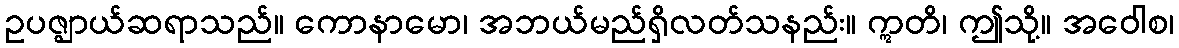
ဥပဇ္ဈာယ်ဆရာသည်။ ကောနာမော၊ အဘယ်မည်ရှိလတ်သနည်း။ ဣတိ၊ ဤသို့။ အဝေါစ၊